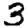
Digit: 3